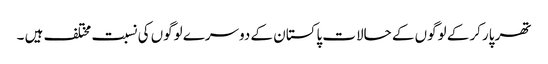
تھر پارکر کے لوگوں کے حالات پاکستان کے دوسرے لوگوں کی نسبت مختلف ہیں ۔